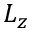
L _ { z }